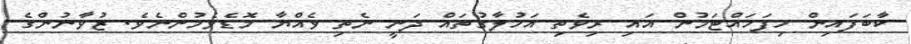
ކާބަފައިން ހިފަހައްޓަމުން އައި ރިވެތި އަހުލާގުތައް ދަނީ ނެތި ވެއްޔާ މޮޑެވެމުންނެވެ. ޒުވާނުންގެ